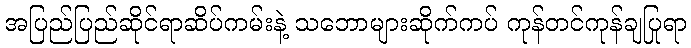
အပြည်ပြည်ဆိုင်ရာဆိပ်ကမ်းနဲ့ သဘောများဆိုက်ကပ် ကုန်တင်ကုန်ချပြုရာ